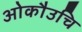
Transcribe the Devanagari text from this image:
ओकौउचि